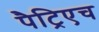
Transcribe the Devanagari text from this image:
पैट्रिएच